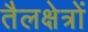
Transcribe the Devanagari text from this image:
तैलक्षेत्रों